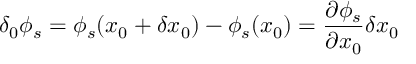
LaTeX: \delta _ { 0 } \phi _ { s } = \phi _ { s } ( x _ { 0 } + \delta x _ { 0 } ) - \phi _ { s } ( x _ { 0 } ) = \frac { \partial \phi _ { s } } { \partial x _ { 0 } } \delta x _ { 0 }